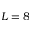
L = 8